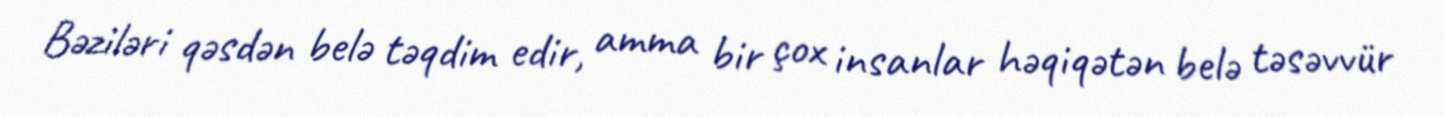
Bəziləri qəsdən belə təqdim edir, amma bir çox insanlar həqiqətən belə təsəvvür